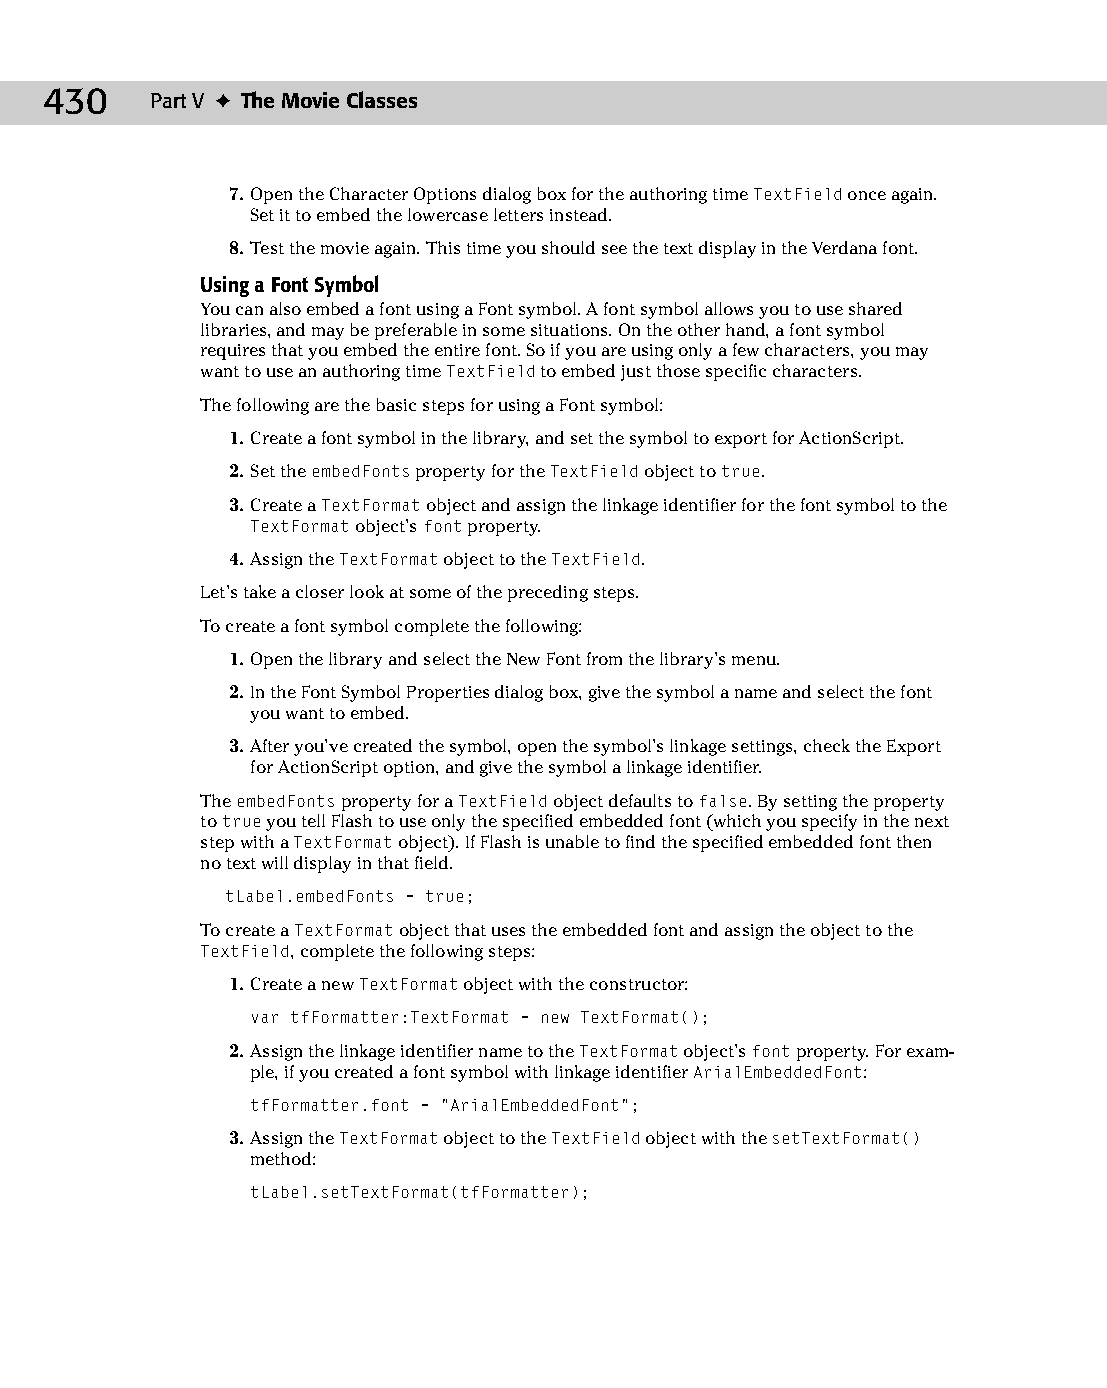
23 543547 ch17.qxd 3/24/04 4:11 PM Page 430
 430    Part V ✦ The Movie Classes
 7. Open the Character Options dialog box for the authoring time TextField once again.
 Set it to embed the lowercase letters instead.
 8. Test the movie again. This time you should see the text display in the Verdana font.
 Using a Font Symbol
 You can also embed a font using a Font symbol. A font symbol allows you to use shared
 libraries, and may be preferable in some situations. On the other hand, a font symbol
 requires that you embed the entire font. So if you are using only a few characters, you may
 want to use an authoring time TextField to embed just those specific characters.
 The following are the basic steps for using a Font symbol:
 1. Create a font symbol in the library, and set the symbol to export for ActionScript.
 2. Set the embedFonts property for the TextField object to true.
 3. Create a TextFormat object and assign the linkage identifier for the font symbol to the
 TextFormat object’s font property.
 4. Assign the TextFormat object to the TextField.
 Let’s take a closer look at some of the preceding steps.
 To create a font symbol complete the following:
 1. Open the library and select the New Font from the library’s menu.
 2. In the Font Symbol Properties dialog box, give the symbol a name and select the font
 you want to embed.
 3. After you’ve created the symbol, open the symbol’s linkage settings, check the Export
 for ActionScript option, and give the symbol a linkage identifier.
 The embedFonts property for a TextField object defaults to false. By setting the property
 to true you tell Flash to use only the specified embedded font (which you specify in the next
 step with a TextFormat object). If Flash is unable to find the specified embedded font then
 no text will display in that field.
 tLabel.embedFonts = true;
 To create a TextFormat object that uses the embedded font and assign the object to the
 TextField, complete the following steps:
 1. Create a new TextFormat object with the constructor:
 var tfFormatter:TextFormat = new TextFormat();
 2. Assign the linkage identifier name to the TextFormat object’s font property. For exam­
 ple, if you created a font symbol with linkage identifier ArialEmbeddedFont:
 tfFormatter.font = “ArialEmbeddedFont”;
 3. Assign the TextFormat object to the TextField object with the setTextFormat()
 method:
 tLabel.setTextFormat(tfFormatter);